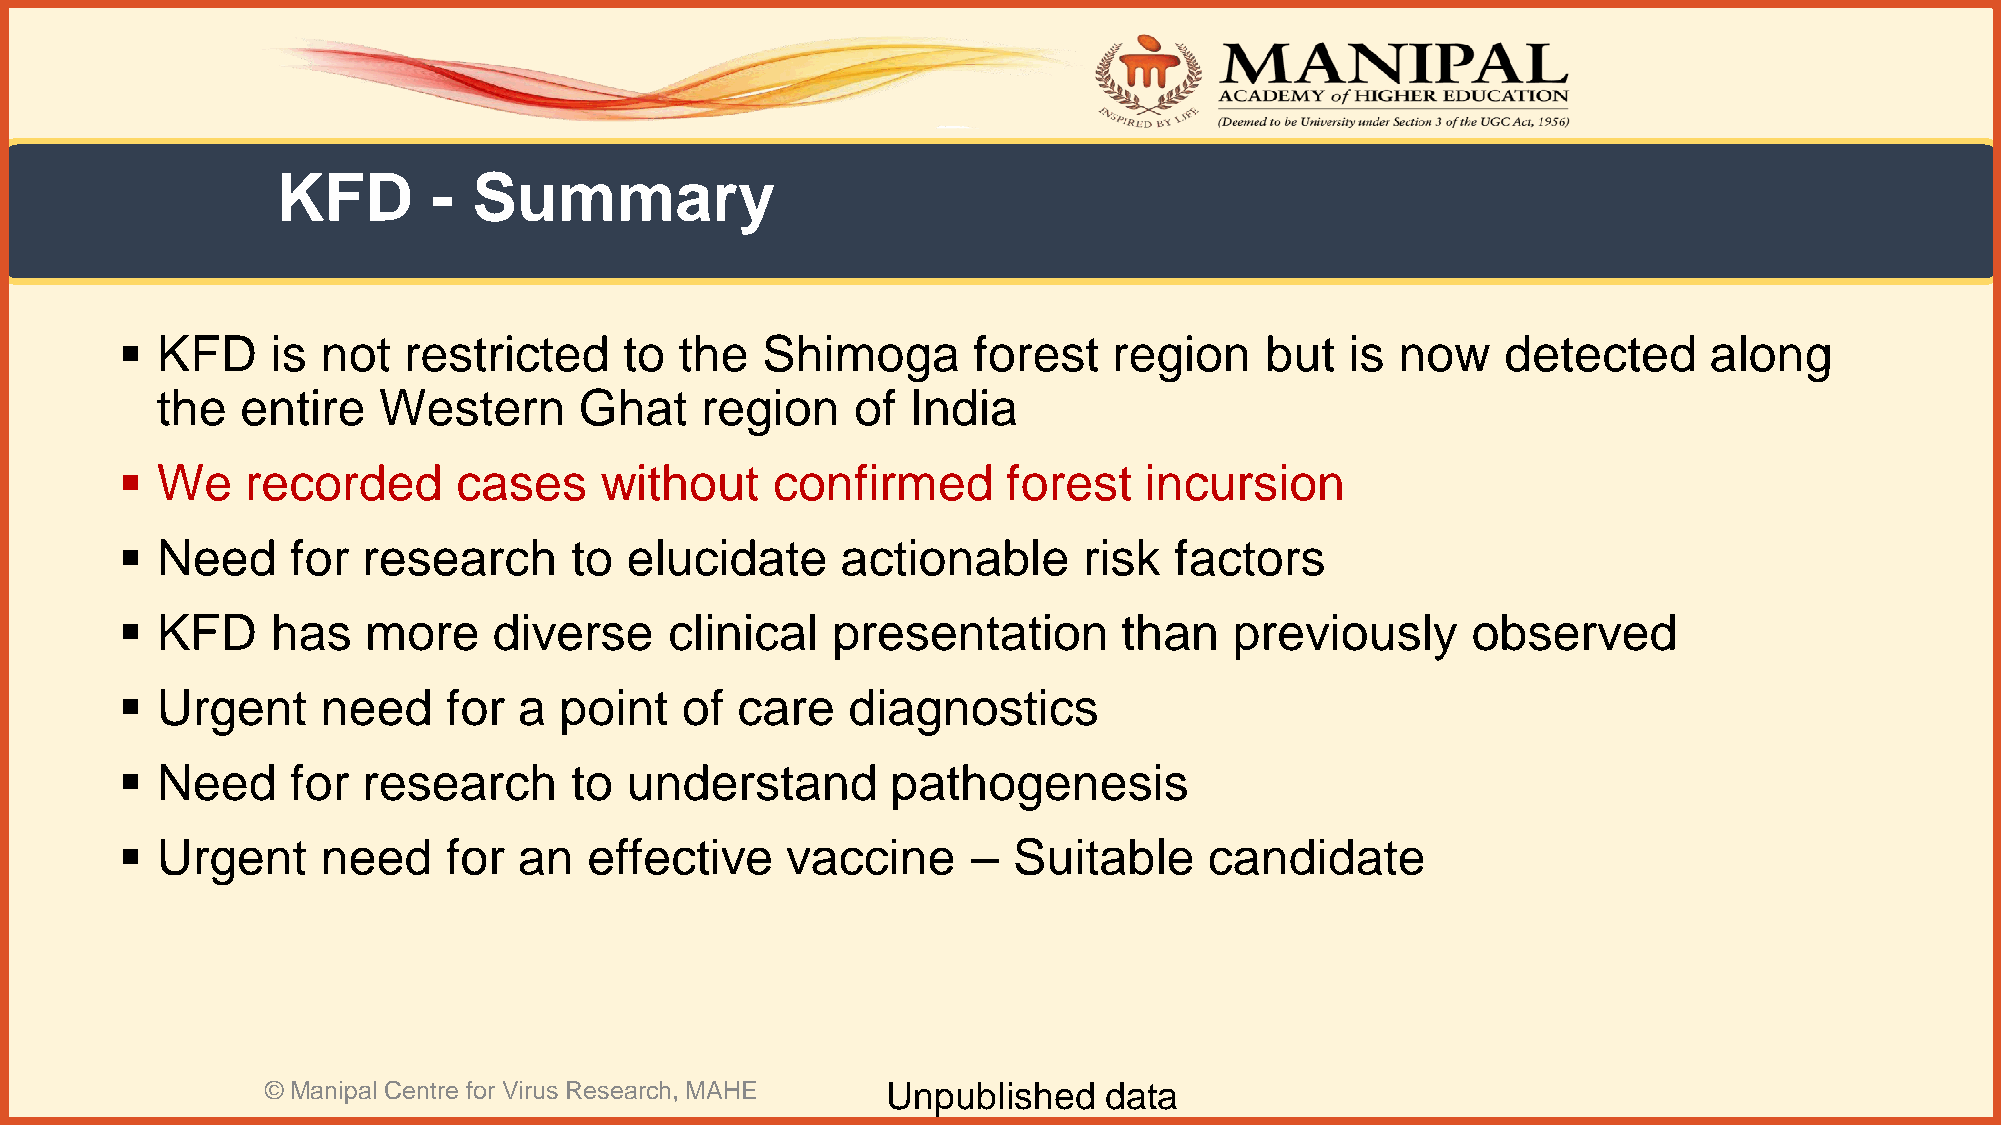
KFD        - Summary
  KFD     is not   restricted    to  the  Shimoga       forest    region    but  is  now    detected     along
 the   entire   Western      Ghat    region     of India
  We    recorded      cases     without    confirmed       forest   incursion
  Need     for  research      to elucidate      actionable      risk  factors
  KFD     has   more     diverse    clinical   presentation       than    previously     observed
  Urgent     need     for a  point   of  care   diagnostics
  Need     for  research      to understand        pathogenesis
  Urgent     need     for an   effective    vaccine     –  Suitable     candidate
 © Manipal Centre for Virus Research, MAHE Unpublished  data